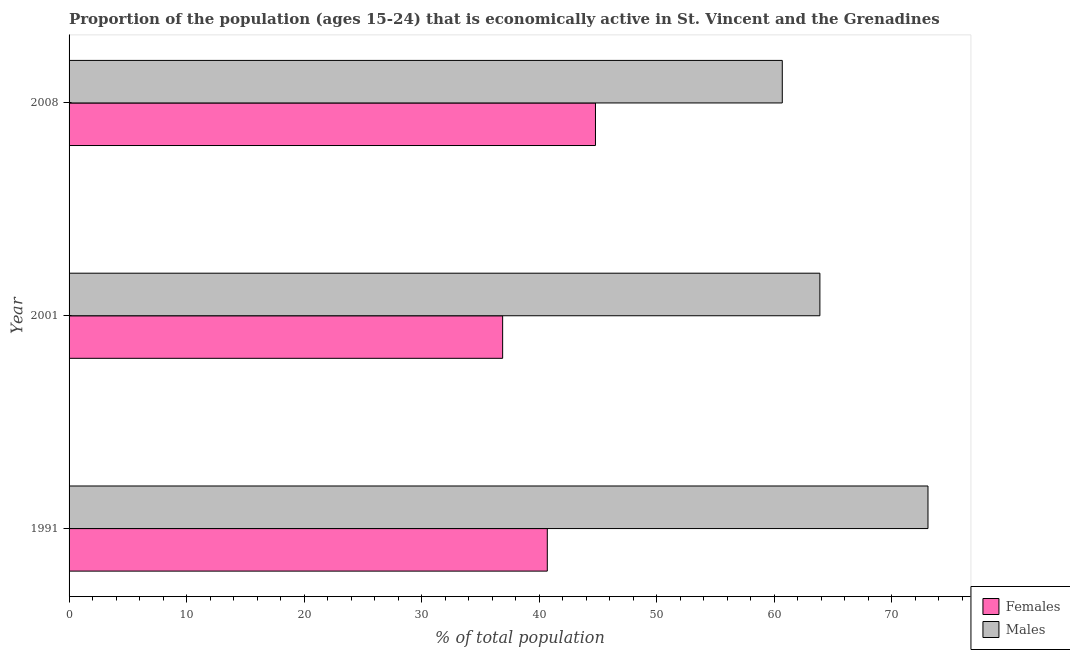
| Year | Females | Males |
 | --- | --- | --- |
 | 1991 | 40.7 | 73.1 |
 | 2001 | 36.9 | 63.9 |
 | 2008 | 44.8 | 60.7 |